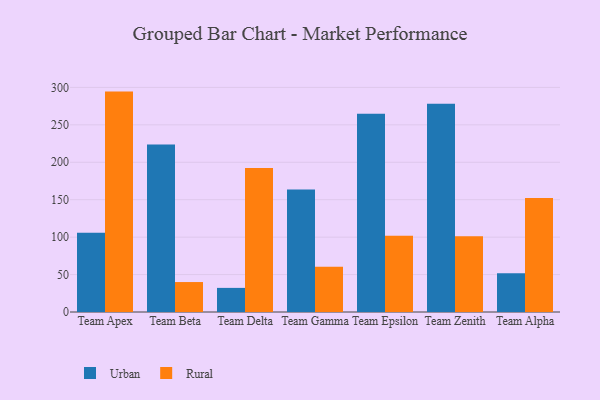
{"axis": {"x": "Team", "y": "Headcount"}, "legend": ["Rural", "Urban"], "data": [{"x": "Team Apex", "y": 106.0, "type": "Urban"}, {"x": "Team Apex", "y": 294.4, "type": "Rural"}, {"x": "Team Beta", "y": 223.9, "type": "Urban"}, {"x": "Team Beta", "y": 40.0, "type": "Rural"}, {"x": "Team Delta", "y": 32.2, "type": "Urban"}, {"x": "Team Delta", "y": 192.4, "type": "Rural"}, {"x": "Team Gamma", "y": 163.5, "type": "Urban"}, {"x": "Team Gamma", "y": 60.4, "type": "Rural"}, {"x": "Team Epsilon", "y": 264.8, "type": "Urban"}, {"x": "Team Epsilon", "y": 101.8, "type": "Rural"}, {"x": "Team Zenith", "y": 278.2, "type": "Urban"}, {"x": "Team Zenith", "y": 101.1, "type": "Rural"}, {"x": "Team Alpha", "y": 51.8, "type": "Urban"}, {"x": "Team Alpha", "y": 152.4, "type": "Rural"}]}